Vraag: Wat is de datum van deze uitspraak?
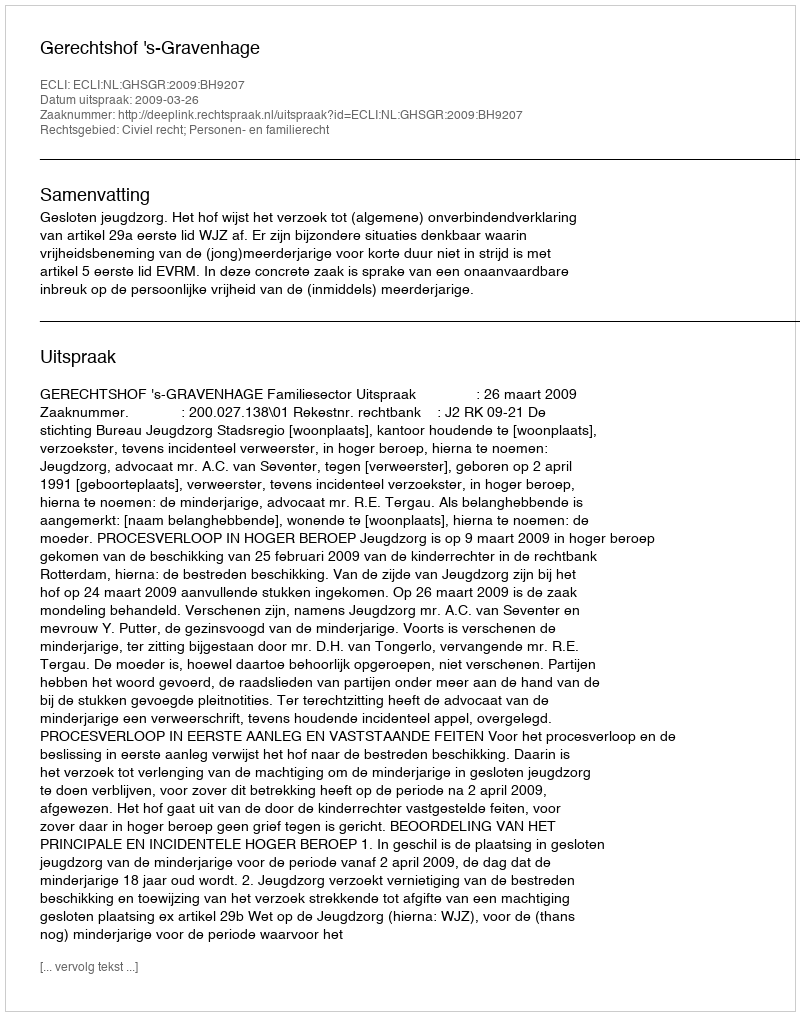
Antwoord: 2009-03-26